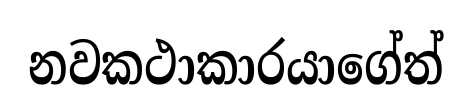
නවකථාකාරයාගේත්